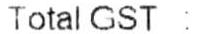
TOTAL GST :